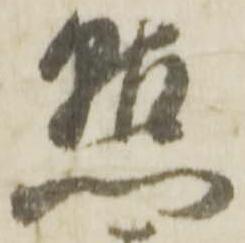
点